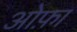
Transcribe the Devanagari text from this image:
ओफ़ा